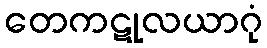
တေကဋုလယာဂုံ